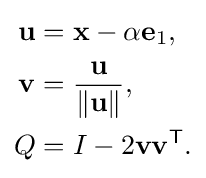
{\begin{aligned}\mathbf {u} &=\mathbf {x} -\alpha \mathbf {e} _{1},\\\mathbf {v} &={\frac {\mathbf {u} }{\|\mathbf {u} \|}},\\Q&=I-2\mathbf {v} \mathbf {v} ^{\textsf {T}}.\end{aligned}}